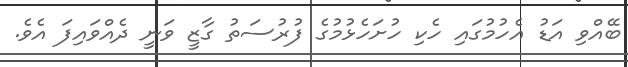
ބޭއްވި އަޑު އެހުމުގައި ހެކި ހުށަހެޅުމުގެ ފުރުސަތު ގާޒީ ވަނީ ދެއްވައިފަ އެވެ.